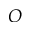
O